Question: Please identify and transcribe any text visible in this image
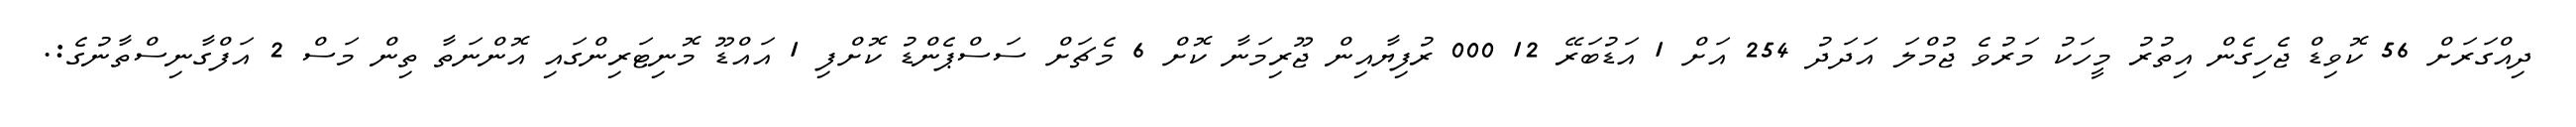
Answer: ދިއްގަރަށް 56 ކޮވިޑް ޖެހިގެން އިތުރު މީހަކު މަރުވެ ޖުމްލަ އަދަދު 254 އަށް 1 އަޑުބަރޭ 12 000 ރުފިޔާއިން ޖޫރިމަނާ ކޮށް 6 މެޗަށް ސަސްޕެންޑު ކޮށްފި 1 އައްޑޫ މޮނިޓަރިންގައި އޮންނަތާ ތިން މަސް 2 އަފްގާނިސްތާނުގެ:.